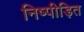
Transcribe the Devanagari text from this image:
निष्पीड़ित